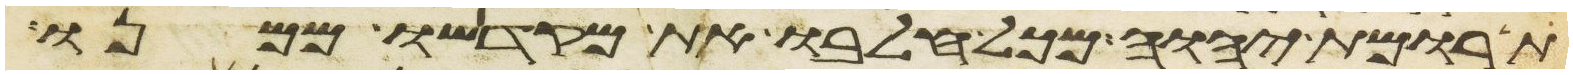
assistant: תרומת יהוה מכל חלבו את מקדשו ממנו